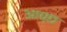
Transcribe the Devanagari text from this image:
आच्छ